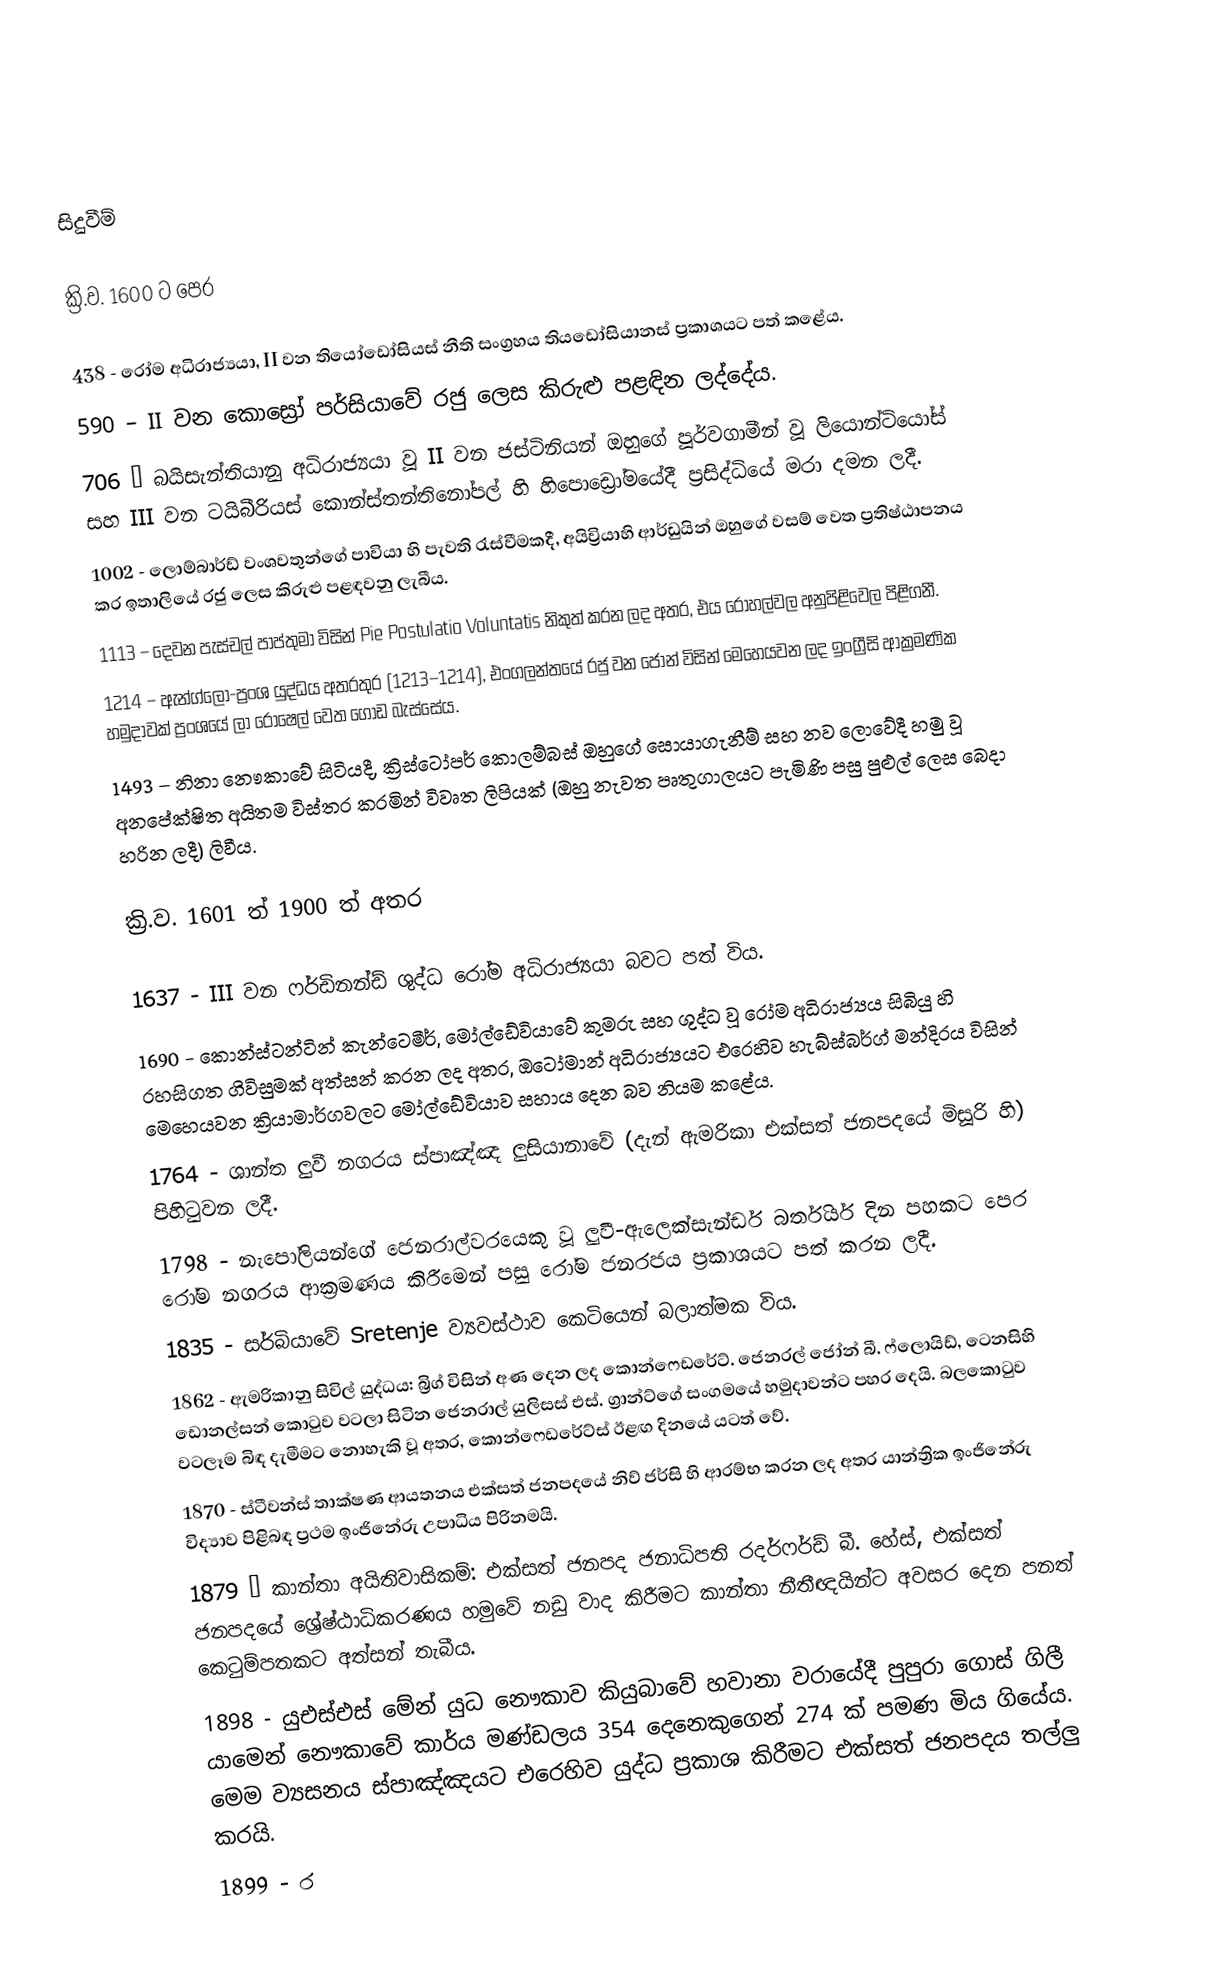

සිදුවීම්

ක්‍රි.ව. 1600 ට පෙර

 438 - රෝම අධිරාජ්‍යයා, II වන තියෝඩෝසියස් නීති සංග්‍රහය තියඩෝසියානස් ප්‍රකාශයට පත් කළේය.
 590 – II වන කොස්‍රෝ පර්සියාවේ රජු ලෙස කිරුළු පළඳින ලද්දේය.
 706 – බයිසැන්තියානු අධිරාජ්‍යයා වූ II වන ජස්ටිනියන් ඔහුගේ පූර්වගාමීන් වූ ලියොන්ටියෝස් සහ III වන ටයිබීරියස් කොන්ස්තන්තිනෝපල් හි හිපොඩ්‍රෝමයේදී ප්‍රසිද්ධියේ මරා දමන ලදී.
 1002 - ලොම්බාර්ඩ් වංශවතුන්ගේ පාවියා හි පැවති රැස්වීමකදී, අයිව්‍රියාහි ආර්ඩුයින් ඔහුගේ වසම් වෙත ප්‍රතිෂ්ඨාපනය කර ඉතාලියේ රජු ලෙස කිරුළු පළඳවනු ලැබීය.
 1113 – දෙවන පැස්චල් පාප්තුමා විසින් Pie Postulatio Voluntatis නිකුත් කරන ලද අතර, එය රෝහල්වල අනුපිළිවෙල පිළිගනී.
 1214 – ඇන්ග්ලෝ-ප්‍රංශ යුද්ධය අතරතුර (1213–1214), එංගලන්තයේ රජු වන ජෝන් විසින් මෙහෙයවන ලද ඉංග්‍රීසි ආක්‍රමණික හමුදාවක් ප්‍රංශයේ ලා රොෂෙල් වෙත ගොඩ බැස්සේය.
 1493 – නිනා නෞකාවේ සිටියදී, ක්‍රිස්ටෝපර් කොලම්බස් ඔහුගේ සොයාගැනීම් සහ නව ලොවේදී හමු වූ අනපේක්ෂිත අයිතම විස්තර කරමින් විවෘත ලිපියක් (ඔහු නැවත පෘතුගාලයට පැමිණි පසු පුළුල් ලෙස බෙදා හරින ලදී) ලිවීය.

ක්‍රි.ව. 1601 ත් 1900 ත් අතර

 1637 - III වන ෆර්ඩිනන්ඩ් ශුද්ධ රෝම අධිරාජ්‍යයා බවට පත් විය.
 1690 - කොන්ස්ටන්ටින් කැන්ටෙමීර්, මෝල්ඩේවියාවේ කුමරු සහ ශුද්ධ වූ රෝම අධිරාජ්‍යය සිබියු හි රහසිගත ගිවිසුමක් අත්සන් කරන ලද අතර, ඔටෝමාන් අධිරාජ්‍යයට එරෙහිව හැබ්ස්බර්ග් මන්දිරය විසින් මෙහෙයවන ක්‍රියාමාර්ගවලට මෝල්ඩේවියාව සහාය දෙන බව නියම කළේය.
 1764 - ශාන්ත ලුවී නගරය ස්පාඤ්ඤ ලුසියානාවේ (දැන් ඇමරිකා එක්සත් ජනපදයේ මිසූරි හි) පිහිටුවන ලදී.
 1798 - නැපෝලියන්ගේ ජෙනරාල්වරයෙකු වූ ලුවී-ඇලෙක්සැන්ඩර් බර්තියර් දින පහකට පෙර රෝම නගරය ආක්‍රමණය කිරීමෙන් පසු රෝම ජනරජය ප්‍රකාශයට පත් කරන ලදී.
 1835 - සර්බියාවේ Sretenje ව්‍යවස්ථාව කෙටියෙන් බලාත්මක විය.
 1862 - ඇමරිකානු සිවිල් යුද්ධය: බ්‍රිග් විසින් අණ දෙන ලද කොන්ෆෙඩරේට්. ජෙනරල් ජෝන් බී. ෆ්ලොයිඩ්, ටෙනසිහි ඩොනල්සන් කොටුව වටලා සිටින ජෙනරාල් යුලිසස් එස්. ග්‍රාන්ට්ගේ සංගමයේ හමුදාවන්ට පහර දෙයි. බලකොටුව වටලෑම බිඳ දැමීමට නොහැකි වූ අතර, කොන්ෆෙඩරේට්ස් ඊළඟ දිනයේ යටත් වේ.
 1870 - ස්ටීවන්ස් තාක්ෂණ ආයතනය එක්සත් ජනපදයේ නිව් ජර්සි හි ආරම්භ කරන ලද අතර යාන්ත්‍රික ඉංජිනේරු විද්‍යාව පිළිබඳ ප්‍රථම ඉංජිනේරු උපාධිය පිරිනමයි.
 1879 – කාන්තා අයිතිවාසිකම්: එක්සත් ජනපද ජනාධිපති රදර්ෆර්ඩ් බී. හේස්, එක්සත් ජනපදයේ ශ්‍රේෂ්ඨාධිකරණය හමුවේ නඩු වාද කිරීමට කාන්තා නීතීඥයින්ට අවසර දෙන පනත් කෙටුම්පතකට අත්සන් තැබීය.
 1898 - යුඑස්එස් මේන් යුධ නෞකාව කියුබාවේ හවානා වරායේදී පුපුරා ගොස් ගිලී යාමෙන් නෞකාවේ කාර්ය මණ්ඩලය 354 දෙනෙකුගෙන් 274 ක් පමණ මිය ගියේය. මෙම ව්‍යසනය ස්පාඤ්ඤයට එරෙහිව යුද්ධ ප්‍රකාශ කිරීමට එක්සත් ජනපදය තල්ලු කරයි.
 1899 - ර